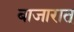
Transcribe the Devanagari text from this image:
बाजारात्‌